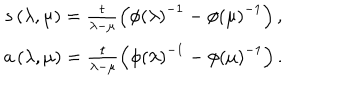
\begin{array} { c } { { s \left( \lambda , \mu \right) = \frac t { \lambda - \mu } \left( \phi \left( \lambda \right) ^ { - 1 } - \phi \left( \mu \right) ^ { - 1 } \right) , } } \\ { { a \left( \lambda , \mu \right) = \frac t { \lambda - \mu } \left( \phi \left( \lambda \right) ^ { - 1 } - \phi \left( \mu \right) ^ { - 1 } \right) . } } \\ \end{array}